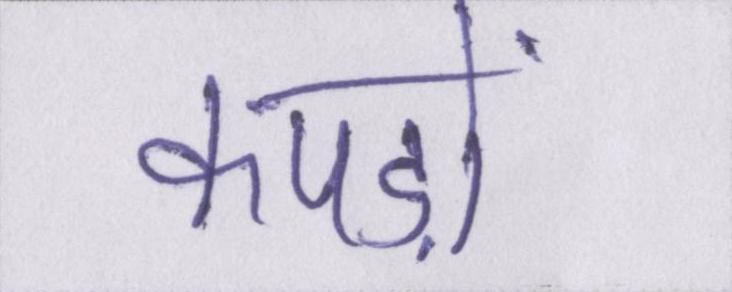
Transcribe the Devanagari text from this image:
कपड़ों